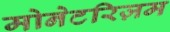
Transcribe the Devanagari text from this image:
मोनेटरिज़म